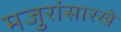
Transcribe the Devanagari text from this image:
मजुरांसारखे